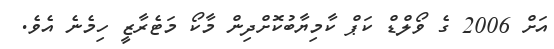
އަށް 2006 ގެ ވޯލްޑް ކަޕް ކާމިޔާބުކޮށްދިން މާކޯ މަޓެރާޒީ ހިމެނެ އެވެ.